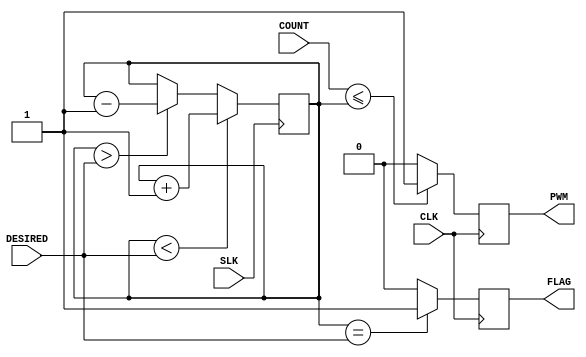
`timescale 1ns / 1ps
//////////////////////////////////////////////////////////////////////////////////
// Company: 
// Engineer: 
// 
// Design Name: 
// Module Name:    Servo 
// Project Name: 
// Target Devices: 
// Tool versions: 
// Description: 
//
// Dependencies: 
//
// Revision: 
// Revision 0.01 - File Created
// Additional Comments: 
//
//////////////////////////////////////////////////////////////////////////////////
module Servo(
		input CLK,
		input SLK,
		input [26:0] COUNT,
		input [19:0] DESIRED,
		output reg PWM,
		output reg FLAG		
    );
	
	reg [19:0] value;
	
	initial begin
		value = 0;
		FLAG = 0;
		PWM = 0;
	end
//	assign PWM = (COUNT <= value) ? 1 : 0;
//	assign FLAG = (value == DESIRED) ? 1 : 0;
	
	always @(posedge SLK) begin
		if(value < DESIRED) begin
			value <= value + 1;
		end else if(value > DESIRED) begin
			value <= value - 1;
		end else begin
			value <= value;
		end	
		//value <= DESIRED;
	end
	
	always @(posedge CLK) begin
		if(COUNT <= value) 
			PWM <= 1;
		else
			PWM <= 0;
			
		if(value == DESIRED)
			FLAG <= 1;
		else
			FLAG <= 0;
	end

endmodule